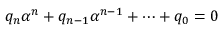
q _ { n } \alpha ^ { n } + q _ { n - 1 } \alpha ^ { n - 1 } + \cdots + q _ { 0 } = 0